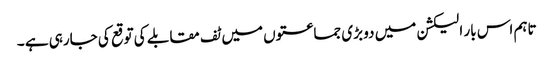
تاہم اس بار الیکشن میں دو بڑی جماعتوں میں ٹف مقابلے کی توقع کی جارہی ہے ۔